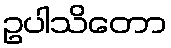
ဥပါသိတော